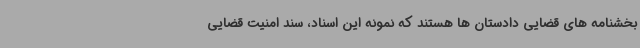
بخشنامه های قضایی دادستان ها هستند که نمونه این اسناد، سند امنیت قضایی